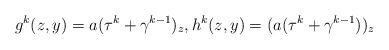
LaTeX: \begin{align*} g^k(z,y) = a (\tau^k + \gamma^{k-1})_z,h^k(z,y) = (a (\tau^k + \gamma^{k-1}))_z\end{align*}